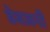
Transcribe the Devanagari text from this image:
डेबजनी